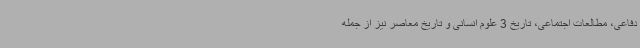
دفاعی، مطالعات اجتماعی، تاریخ 3 علوم انسانی و تاریخ معاصر نیز از جمله